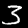
Digit: 3